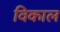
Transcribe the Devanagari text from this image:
विकाल